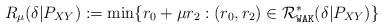
LaTeX: \begin{align*}R_\mu(\delta | P_{XY}) := \min \{ r_0 + \mu r_2 : (r_0,r_2) \in {\cal R}_{\mathtt{WAK}}^*(\delta | P_{XY}) \}\end{align*}